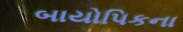
બાયોપિકના